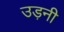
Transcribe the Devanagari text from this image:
उड़नी